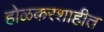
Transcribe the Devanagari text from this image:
होळकरशाहीत